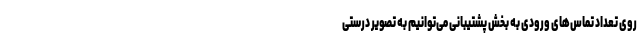
روی تعداد تماس‌های ورودی به بخش پشتیبانی می‌توانیم به تصویر درستی